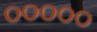
૦૦૦૦૦